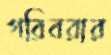
গরিবরার